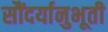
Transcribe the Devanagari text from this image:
सौंदर्यानुभूती